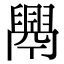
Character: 𦦝